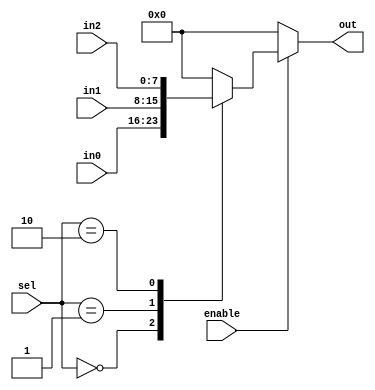
module io_block_switch(
  input wire [2:0] sel,
  input wire enable,
  input wire [7:0] in0,
  input wire [7:0] in1,
  input wire [7:0] in2,
  output reg [7:0] out
);

always @(*) begin
  if (enable) begin
    case(sel)
      3'b000: out = in0;
      3'b001: out = in1;
      3'b010: out = in2;
      default: out = 8'b00000000; // default output
    endcase
  end else begin
    out = 8'b00000000; // output disabled
  end
end

endmodule